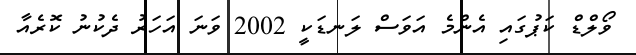
ވޯލްޑް ކަޕުގައި އެންމެ އަވަސް ލަނޑަކީ 2002 ވަނަ އަހަރު ދެކުނު ކޮރެއާ